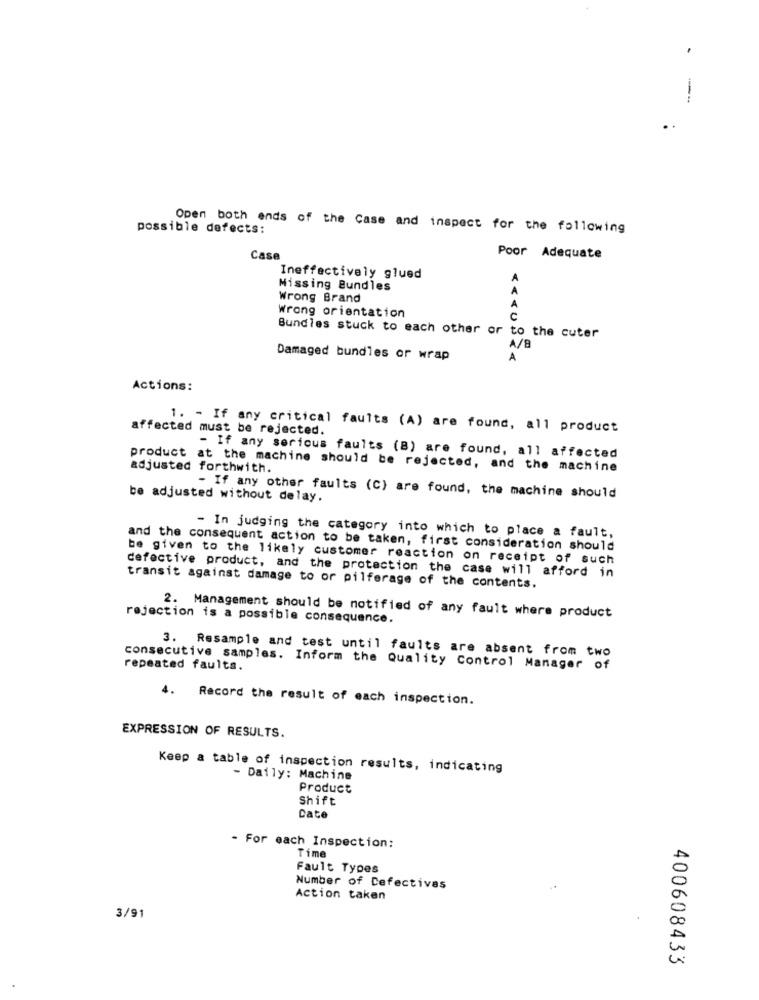
--
possible defects:
Open both ends of the Case and inspect for the following
Case
Poor Adequate
Ineffectively glued
Missing Bundles
Wrong Brand
Wrong orientation
C
Bundles stuck to each other or to the cuter
A/8
Damaged bundles or wrap
A
Actions:
affected must be rejected.
1. - If any critical faults (A) are found, all product
- If any serious faults (B) are found, all affected
product at the machine should be rejected, and the machine
adjusted forthwith.
be adjusted without delay.
- If any other faults (C) are found, the machine should
- In judging the category into which to place a fault,
and the consequent action to be taken, first consideration should
be given to the likely customer reaction on receipt of such
defective product, and the protection the case will afford in
transit against damage to or pilferage of the contents.
rejection is a possible consequence.
2. Management should be notified of any fault where product
3. Resample and test until faults are absent from two
repeated faults.
consecutive samples. Inform the Quality Control Manager of
4. Record the result of each inspection.
EXPRESSION OF RESULTS.
Keep a table of inspection results, indicating
- Daily: Machine
Product
Shift
Date
- For each Inspection:
Time
Fault Types
Number of Cefectivas
Action taken
3/91
400608433